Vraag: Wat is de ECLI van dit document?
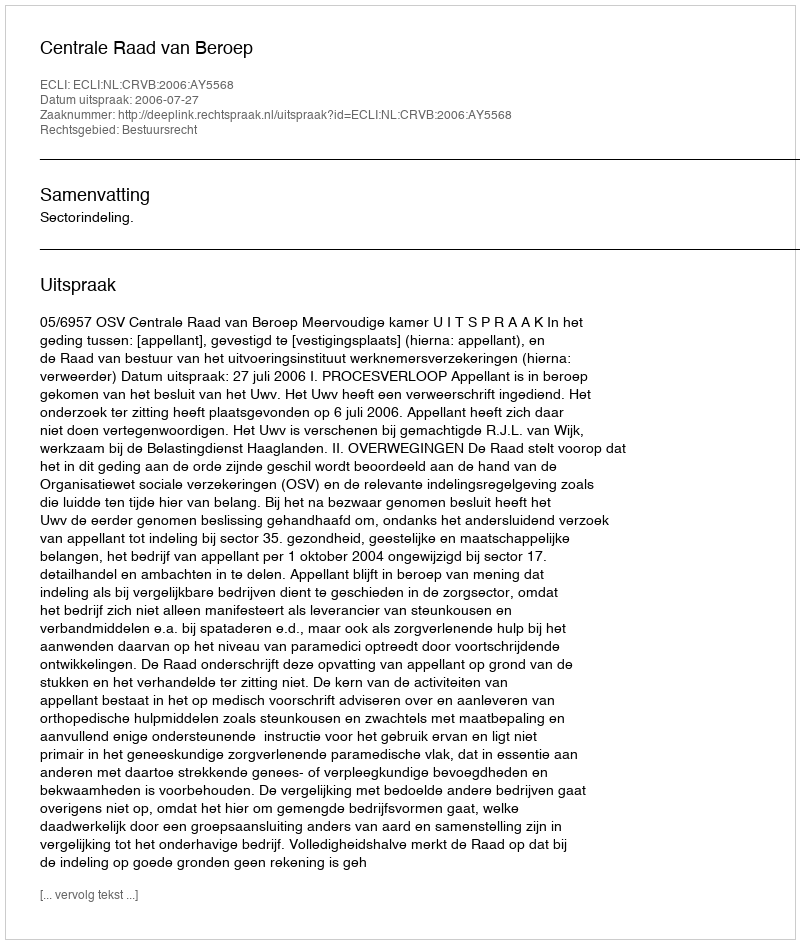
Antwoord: ECLI:NL:CRVB:2006:AY5568